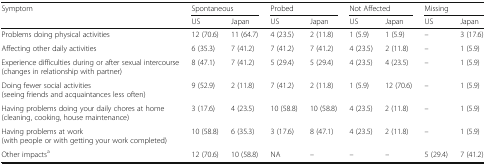
| <ROWSPAN=2> Symptom | <COLSPAN=2> Spontaneous | <COLSPAN=2> Probed | <COLSPAN=2> Not Affected | <COLSPAN=2> Missing |
 | US | Japan | US | Japan | US | Japan | US | Japan |
 | --- | --- | --- | --- | --- | --- | --- | --- | --- |
 | Problems doing physical activities | 12 (70.6) | 11 (64.7) | 4 (23.5) | 2 (11.8) | 1 (5.9) | 1 (5.9) | – | 3 (17.6) |
 | Affecting other daily activities | 6 (35.3) | 7 (41.2) | 7 (41.2) | 7 (41.2) | 4 (23.5) | 2 (11.8) | – | 1 (5.9) |
 | Experience difficulties during or after sexual intercourse(changes in relationship with partner) | 8 (47.1) | 7 (41.2) | 5 (29.4) | 5 (29.4) | 4 (23.5) | 4 (23.5) | – | 1 (5.9) |
 | Doing fewer social activities(seeing friends and acquaintances less often) | 9 (52.9) | 2 (11.8) | 7 (41.2) | 2 (11.8) | 1 (5.9) | 12 (70.6) | – | 1 (5.9) |
 | Having problems doing your daily chores at home(cleaning, cooking, house maintenance) | 3 (17.6) | 4 (23.5) | 10 (58.8) | 10 (58.8) | 4 (23.5) | 2 (11.8) | – | 1 (5.9) |
 | Having problems at work(with people or with getting your work completed) | 10 (58.8) | 6 (35.3) | 3 (17.6) | 8 (47.1) | 4 (23.5) | 2 (11.8) | – | 1 (5.9) |
 | Other impactsa | 12 (70.6) | 10 (58.8) | NA | – | – | – | 5 (29.4) | 7 (41.2) |